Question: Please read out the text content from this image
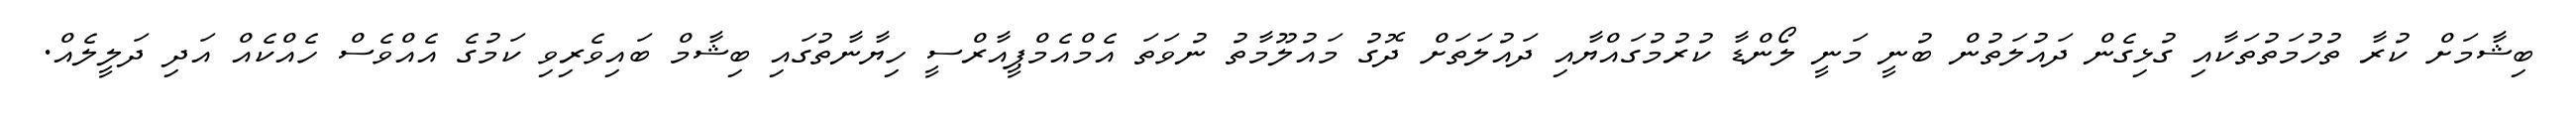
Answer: ބިޝާމަށް ކުރާ ތުހުމަތުތަކާއި ގުޅިގެން ދައުލަތުން ބުނީ މަނީ ލޯންޑާ ކުރުމުގައްޔާއި ދައުލަތަށް ދޮގު މައުލޫމާތު ނުވަތަ އެމްއެމްޕީއާރްސީ ހިޔާނާތުގައި ބިޝާމް ބައިވެރިވި ކަމުގެ އެއްވެސް ހެއްކެއް އަދި ދަލީލެއް.